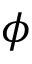
\phi